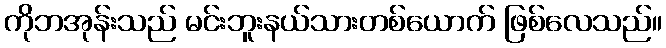
ကိုဘအုန်းသည် မင်းဘူးနယ်သားတစ်ယောက် ဖြစ်လေသည်။